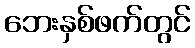
ဘေးနှစ်ဖက်တွင်